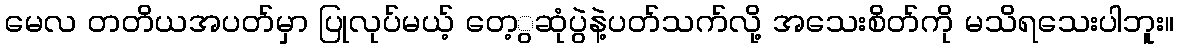
မေလ တတိယအပတ်မှာ ပြုလုပ်မယ့် တေ့ွဆုံပွဲနဲ့ပတ်သက်လို့ အသေးစိတ်ကို မသိရသေးပါဘူး။